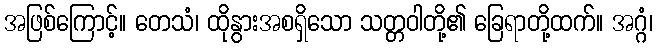
အဖြစ်ကြောင့်။ တေသံ၊ ထိုနွားအစရှိသော သတ္တဝါတို့၏ ခြေရာတို့ထက်။ အဂ္ဂံ၊